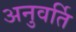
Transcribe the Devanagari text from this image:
अनुवर्ति